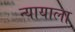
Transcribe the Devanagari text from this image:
न्यायाला